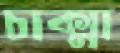
চাক্মা